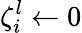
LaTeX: \zeta_{i}^{l}\gets 0